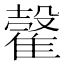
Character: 𩀠